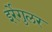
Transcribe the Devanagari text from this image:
इर्रेगुलर